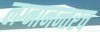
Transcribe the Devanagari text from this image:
लग्नानन्तरच